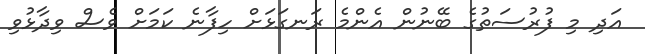
އަދި މި ފުރުސަތުގެ ބޭނުން އެންމެ ރަނގަޅަށް ހިފާާނެ ކަމަށް ވެސް ވިދާޅުވި